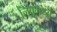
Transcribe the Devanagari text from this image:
लिंबूमध्ये